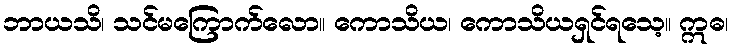
ဘာယသိ၊ သင်မကြောက်လော။ ကောသိယ၊ ကောသိယရှင်ရသေ့။ ဣဓ၊